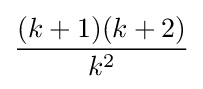
{\frac {(k+1)(k+2)}{k^{2}}}